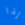
إذا